Indian journal of veterinary science and animal husbandry - Volumes 26-27, 1956-1957
Year: 1956
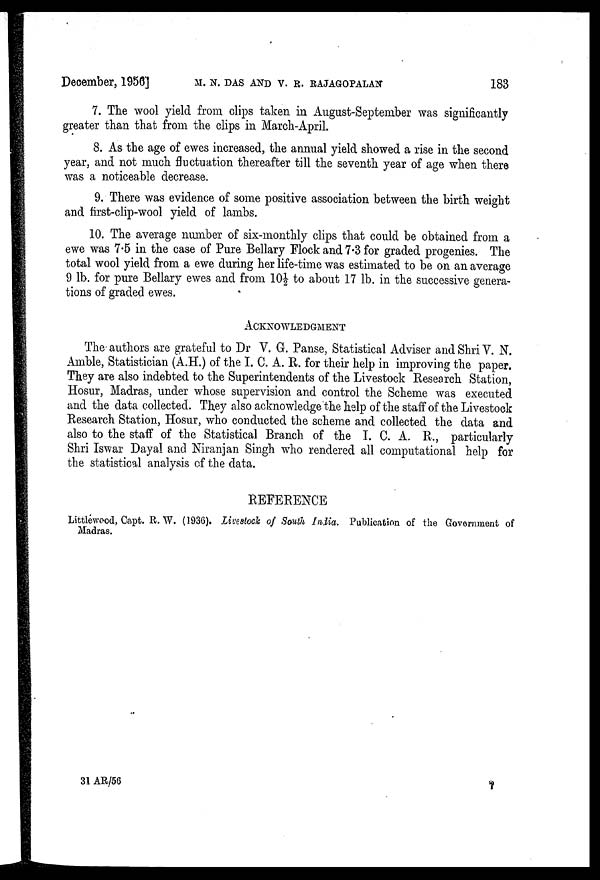
December, 1956] M. N. DAS AND V. R. RAJAGOPALAN 183
7. The wool yield from clips taken in August-September was significantly
greater than that from the clips in March-April.
8. As the age of ewes increased, the annual yield showed a rise in the second
year, and not much fluctuation thereafter till the seventh year of age when there
was a noticeable decrease.
9. There was evidence of some positive association between the birth weight
and first-clip-wool yield of lambs.
10. The average number of six-monthly clips that could be obtained from a
ewe was 7.5 in the case of Pure Bellary Flock and 7.3 for graded progenies. The
total wool yield from a ewe during her life-time was estimated to be on an average
9 lb. for pure Bellary ewes and from 10½ to about 17 lb. in the successive genera-
tions of graded ewes.
ACKNOWLEDGMENT
The authors are grateful to Dr V. G. Panse, Statistical Adviser and Shri V. N.
Amble, Statistician (A.H.) of the I. C. A. R. for their help in improving the paper.
They are also indebted to the Superintendents of the Livestock Research Station,
Hosur, Madras, under whose supervision and control the Scheme was executed
and the data collected. They also acknowledge the help of the staff of the Livestock
Research Station, Hosur, who conducted the scheme and collected the data and
also to the staff of the Statistical Branch of the I. C. A. R., particularly
Shri Iswar Dayal and Niranjan Singh who rendered all computational help for
the statistical analysis of the data.
REFERENCE
Littlewood, Capt. R. W. (1936). Livestock of South India. Publication of the Government of
Madras.
31 AR/56 7